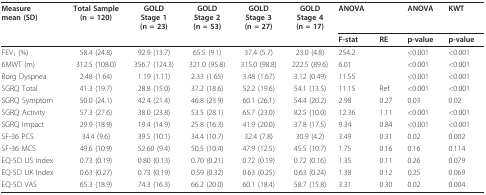
<table><thead><tr><td><b>Measuremean (SD)</b></td><td><b>Total Sample(n = 120)</b></td><td><b>GOLDStage 1(n = 23)</b></td><td><b>GOLDStage 2(n = 53)</b></td><td><b>GOLDStage 3(n = 27)</b></td><td><b>GOLDStage 4(n = 17)</b></td><td><b>ANOVA</b></td><td></td><td><b>ANOVA</b></td><td><b>KWT</b></td></tr><tr><td></td><td></td><td></td><td></td><td></td><td></td><td><b>F-stat</b></td><td><b>RE</b></td><td><b>p-value</b></td><td><b>p-value</b></td></tr></thead><tbody><tr><td>FEV<sub>1 </sub>(%)</td><td>58.4 (24.8)</td><td>92.9 (13.7)</td><td>65.5 (9.1)</td><td>37.4 (5.7)</td><td>23.0 (4.8)</td><td>254.2</td><td></td><td>&lt;0.001</td><td>&lt;0.001</td></tr><tr><td>6MWT (m)</td><td>312.5 (108.0)</td><td>356.7 (124.3)</td><td>321.0 (95.8)</td><td>315.0 (98.8)</td><td>222.5 (89.6)</td><td>6.01</td><td></td><td>&lt;0.001</td><td>&lt;0.001</td></tr><tr><td>Borg Dyspnea</td><td>2.48 (1.64)</td><td>1.19 (1.11)</td><td>2.33 (1.65)</td><td>3.48 (1.67)</td><td>3.12 (0.49)</td><td>11.55</td><td></td><td>&lt;0.001</td><td>&lt;0.001</td></tr><tr><td>SGRQ Total</td><td>41.3 (19.7)</td><td>28.8 (15.0)</td><td>37.2 (18.6)</td><td>52.2 (19.6)</td><td>54.1 (13.5)</td><td>11.15</td><td>Ref</td><td>&lt;0.001</td><td>&lt;0.001</td></tr><tr><td>SGRQ Symptom</td><td>50.0 (24.1)</td><td>42.4 (21.4)</td><td>46.8 (23.9)</td><td>60.1 (26.1)</td><td>54.4 (20.2)</td><td>2.98</td><td>0.27</td><td>0.03</td><td>0.02</td></tr><tr><td>SGRQ Activity</td><td>57.3 (27.6)</td><td>38.0 (23.8)</td><td>53.5 (28.1)</td><td>65.7 (23.0)</td><td>82.5 (10.0)</td><td>12.36</td><td>1.11</td><td>&lt;0.001</td><td>&lt;0.001</td></tr><tr><td>SGRQ Impact</td><td>29.9 (18.9)</td><td>19.4 (14.9)</td><td>25.8 (16.3)</td><td>41.9 (20.0)</td><td>37.8 (17.5)</td><td>9.34</td><td>0.84</td><td>&lt;0.001</td><td>&lt;0.001</td></tr><tr><td>SF-36 PCS</td><td>34.4 (9.6)</td><td>39.5 (10.1)</td><td>34.4 (10.7)</td><td>32.4 (7.8)</td><td>30.9 (4.2)</td><td>3.49</td><td>0.31</td><td>0.02</td><td>0.002</td></tr><tr><td>SF-36 MCS</td><td>49.6 (10.9)</td><td>52.60 (9.4)</td><td>50.5 (10.4)</td><td>47.9 (12.5)</td><td>45.5 (10.7)</td><td>1.75</td><td>0.16</td><td>0.16</td><td>0.114</td></tr><tr><td>EQ-5D US Index</td><td>0.73 (0.19)</td><td>0.80 (0.13)</td><td>0.70 (0.21)</td><td>0.72 (0.19)</td><td>0.72 (0.16)</td><td>1.35</td><td>0.11</td><td>0.26</td><td>0.079</td></tr><tr><td>EQ-5D UK Index</td><td>0.63 (0.27)</td><td>0.73 (0.19)</td><td>0.59 (0.32)</td><td>0.63 (0.25)</td><td>0.63 (0.24)</td><td>1.38</td><td>0.12</td><td>0.25</td><td>0.069</td></tr><tr><td>EQ-5D VAS</td><td>65.3 (18.9)</td><td>74.3 (16.3)</td><td>66.2 (20.0)</td><td>60.1 (18.4)</td><td>58.7 (15.8)</td><td>3.31</td><td>0.30</td><td>0.02</td><td>0.004</td></tr></tbody></table>